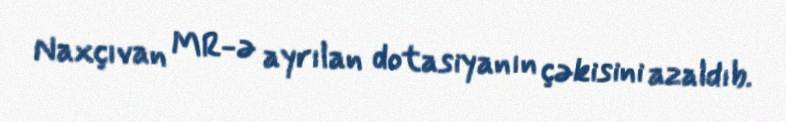
Naxçıvan MR-ə ayrılan dotasiyanın çəkisini azaldıb.